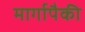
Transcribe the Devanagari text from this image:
मार्गापैकी